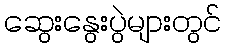
ဆွေးနွေးပွဲများတွင်